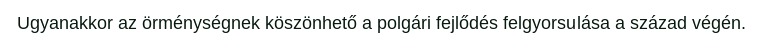
Ugyanakkor az örménységnek köszönhető a polgári fejlődés felgyorsulása a század végén.